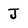
Character: J